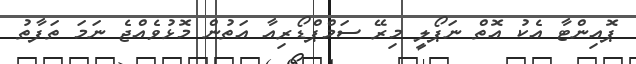
ޕޮއިންޓާ އެކު އޮތް ނަޕޯލީ މިރޭ ސަމްޕްޑޯރިއާ އަތުން މޮޅުވެއްޖެ ނަމަ ތަފާތު